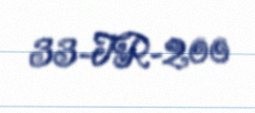
33-TR-200